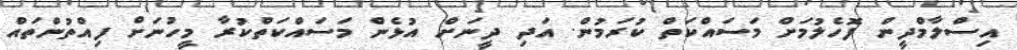
އިސްލާމްދީން ފޮހެލުމަށް މަސައްކަތް ކުރަމުން. އަދި ދީނަށް އުޅެން މަސައްކަތްކުރާ މީހުނަށް ފިއްތުންތައް